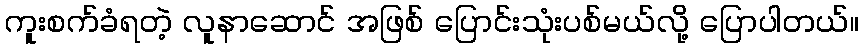
ကူးစက်ခံရတဲ့ လူနာဆောင် အဖြစ် ပြောင်းသုံးပစ်မယ်လို့ ပြောပါတယ်။